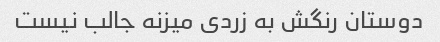
دوستان رنگش به زردى میزنه جالب نیست